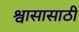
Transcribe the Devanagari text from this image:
श्वासासाठी